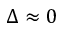
\Delta \approx 0